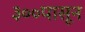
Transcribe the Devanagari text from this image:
३००पासून